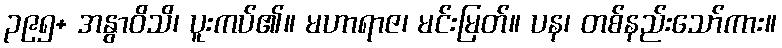
၃၉၅+ အနွာဝိသိ၊ ပူးကပ်၏။ မဟာရာဇ၊ မင်းမြတ်။ ပန၊ တစ်နည်းသော်ကား။